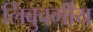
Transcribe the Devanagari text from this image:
लिंबुवर्गीय